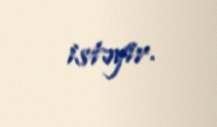
istəyir.